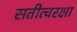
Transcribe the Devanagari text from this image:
सतीत्वरक्षा